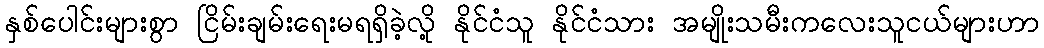
နှစ်ပေါင်းများစွာ ငြိမ်းချမ်းရေးမရရှိခဲ့လို့ နိုင်ငံသူ နိုင်ငံသား အမျိုးသမီးကလေးသူငယ်များဟာ